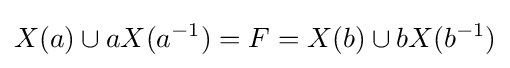
X(a)\cup aX(a^{-1})=F=X(b)\cup bX(b^{-1})